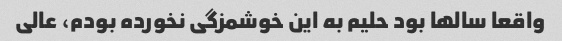
واقعا سالها بود حلیم به این خوشمزگی نخورده بودم، عالی